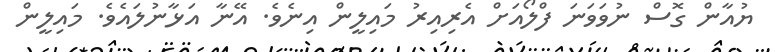
ޔުއާން ގޮސް ނުވަވަނަ ފްލޯއަށް އެރިއިރު މައިލީން އިނެވެ. އޭނާ އަޅާނުލައެވެ. މައިލީން